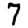
Digit: 7